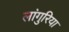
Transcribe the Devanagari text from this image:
लांगुरिया